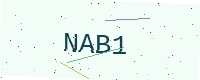
Text: NAB1